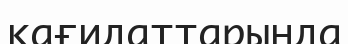
қағидаттарында